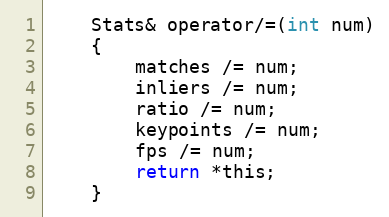
Language: C
    Stats& operator/=(int num)
    {
        matches /= num;
        inliers /= num;
        ratio /= num;
        keypoints /= num;
        fps /= num;
        return *this;
    }